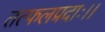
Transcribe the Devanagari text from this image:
तत्फलप्रदाः।।